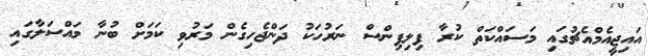
އައިޖީއެމްއެޗުގައި މަސައްކަތް ކުރާ ފިލިޕިންސް ނަރުހަކު ދަންޖެހިގެން މަރުވި ކަމަށް ބުނާ މައްސަލާގައި